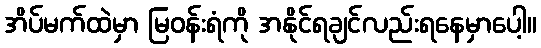
အိပ်မက်ထဲမှာ မြဝန်းရံကို အနိုင်ရချင်လည်းရနေမှာပေါ့။